Report on vaccination in the Province of Bengal - 1869-1873
Year: 1869
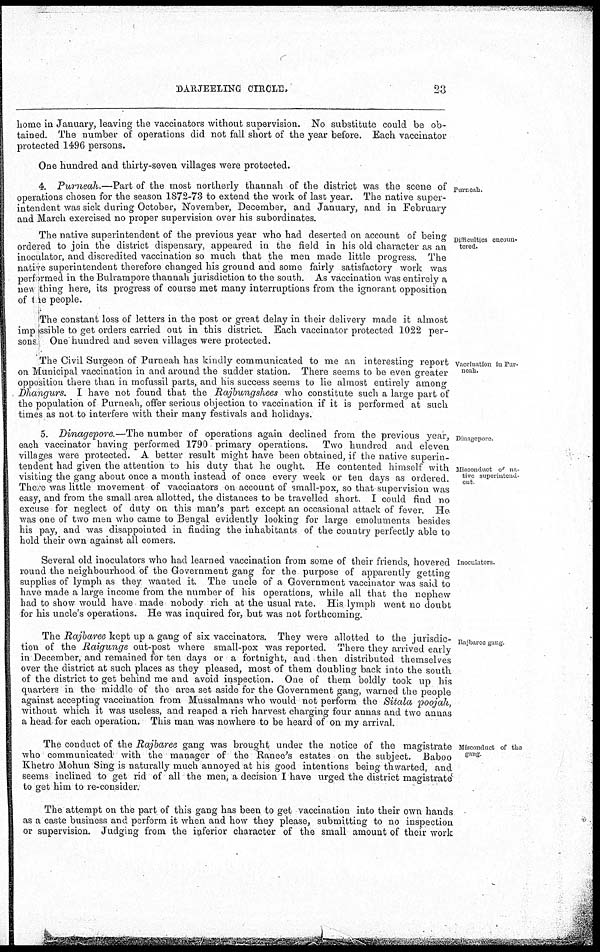
DARJEELING CIRCLE.
23
home in January, leaving the vaccinators without supervision. No substitute could be ob-
tained. The number of operations did not fall short of the year before. Each vaccinator
protected 1496 persons.
One hundred and thirty-seven villages were protected.
Purneah.
4. Purneah.—Part of the most northerly thannah of the district was the scene of
operations chosen for the season 1872-73 to extend the work of last year. The native super-
intendent was sick during October, November, December, and January, and in February
and March exercised no proper supervision over his subordinates.
Difficulties encoun-
tered.
The native superintendent of the previous year who had deserted on account of being
ordered to join the district dispensary, appeared in the field in his old character as an
inoculator, and discredited vaccination so much that the men made little progress. The
native superintendent therefore changed his ground and some fairly satisfactory work was
performed in the Bulrampore thannah jurisdiction to the south. As vaccination was entirely a
new thing here, its progress of course met many interruptions from the ignorant opposition
of the people.
The constant loss of letters in the post or great delay in their delivery made it almost
imp ssible to get orders carried out in this district. Each vaccinator protected 1022 per-
sons One hundred and seven villages were protected.
Vaccination in Pur-
noah.
The Civil Surgeon of Purneah has kindly communicated to me an interesting report
on Municipal vaccination in and around the sudder station. There seems to be even greater
opposition there than in mofussil parts, and his success seems to lie almost entirely among
Dhangurs. I have not found that the Rajbungshees who constitute such a large part of
the population of Purneah, offer serious objection to vaccination if it is performed at such
times as not to interfere with their many festivals and holidays.
Dinagepore
Misconduct of na-
tive superintend-
ent.
5. Dinagepore.—The number of operations again declined from the previous year,
each vaccinator having performed 1790 primary operations. Two hundred and eleven
villages were protected. A better result might have been obtained, if the native superin-
tendent had given the attention to his duty that he ought. He contented himself with
visiting the gang about once a month instead of once every week or ten days as ordered.
There was little movement of vaccinators on account of small-pox, so that supervision was
easy, and from the small area allotted, the distances to be travelled short. I could find no
excuse for neglect of duty on this man's part except an occasional attack of fever. He
was one of two men who came to Bengal evidently looking for large emoluments besides
his pay, and was disappointed in finding the inhabitants of the country perfectly able to
hold their own against all comers.
Inoculators.
Several old inoculators who had learned vaccination from some of their friends, hovered
round the neighbourhood of the Government gang for the purpose of apparently getting
supplies of lymph as they wanted it. The uncle of a Government vaccinator was said to
have made a large income from the number of his operations, while all that the nephew
had to show would have made nobody rich at the usual rate. His lymph went no doubt
for his uncle's operations. He was inquired for, but was not forthcoming.
Rajbaree gang.
The Rajbaree kept up a gang of six vaccinators. They were allotted to the jurisdic-
tion of the Raigunge out-post where small-pox was reported. There they arrived early
in December, and remained for ten days or a fortnight, and then distributed themselves
over the district at such places as they pleased, most of them doubling back into the south
of the district to get behind me and avoid inspection. One of them boldly took up his
quarters in the middle of the area set aside for the Government gang, warned the people
against accepting vaccination from Mussalmans who would not perform the Sitala poojah,
without which it was useless, and reaped a rich harvest charging four annas and two annas
a head for each operation. This man was nowhere to be heard of on my arrival.
Misconduct of the
gang.
The conduct of the Rajbaree gang was brought under the notice of the magistrate
who communicated with the manager of the Ranee's estates on the subject. Baboo
Khetro Mohun Sing is naturally much annoyed at his good intentions being thwarted, and
seems inclined to get rid of all the men, a decision I have urged the district magistrate
to get him to re-consider.
The attempt on the part of this gang has been to get vaccination into their own hands
as a caste business and perform it when and how they please, submitting to no inspection
or supervision. Judging from the inferior character of the small amount of their work